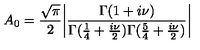
A _ { 0 } = { \frac { \sqrt \pi } { 2 } } \bigg | \frac { \Gamma ( 1 + i \nu ) } { \Gamma ( { \frac { 1 } { 4 } } + { \frac { i \nu } { 2 } } ) \Gamma ( { \frac { 5 } { 4 } } + { \frac { i \nu } { 2 } } ) } \bigg |